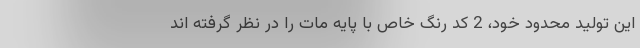
این تولید محدود خود، 2 کد رنگ خاص با پایه مات را در نظر گرفته اند